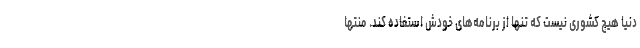
دنیا هیچ کشوری نیست که تنها از برنامه‌های خودش استفاده کند. منتها